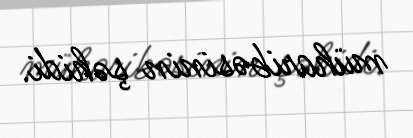
müharibəsinin şəhidi.